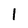
Character: 1